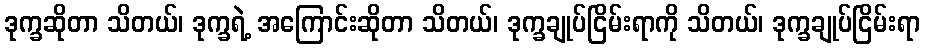
ဒုက္ခဆိုတာ သိတယ်၊ ဒုက္ခရဲ့ အကြောင်းဆိုတာ သိတယ်၊ ဒုက္ခချုပ်ငြိမ်းရာကို သိတယ်၊ ဒုက္ခချုပ်ငြိမ်းရာ